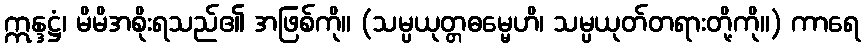
ဣန္ဒဋ္ဌံ၊ မိမိအစိုးရသည်၏ အဖြစ်ကို။ (သမ္ပယုတ္တဓမ္မေဟိ၊ သမ္ပယုတ်တရားတို့ကို။) ကာရေ